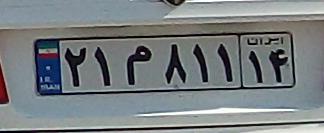
۲۱م۸۱۱۱۴